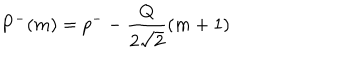
LaTeX: P ^ { - } ( m ) = p ^ { - } - \frac { Q } { 2 \sqrt { 2 } } ( m + 1 )